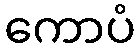
ကောပံ